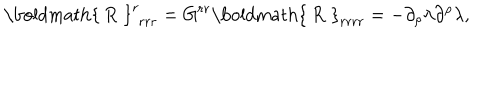
\mathrm { \boldmath { ~ R ~ } } _ { \, \, r r r } ^ { r } = G ^ { r r } \mathrm { \boldmath { ~ R ~ } } _ { r r r r } = - \partial _ { \rho } \lambda \partial ^ { \rho } \lambda ,